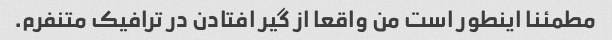
مطمئنا اینطور است من واقعا از گیر افتادن در ترافیک متنفرم.